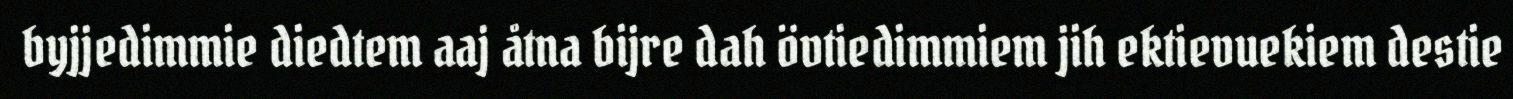
byjjedimmie diedtem aaj åtna bijre dah övtiedimmiem jih ektievuekiem destie